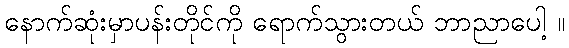
နောက်ဆုံးမှာပန်းတိုင်ကို ရောက်သွားတယ် ဘာညာပေါ့ ။